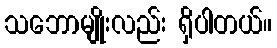
သဘောမျိုးလည်း ရှိပါတယ်။